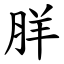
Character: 羘